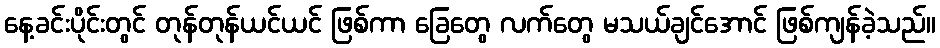
နေ့ခင်းပိုင်းတွင် တုန်တုန်ယင်ယင် ဖြစ်ကာ ခြေတွေ လက်တွေ မသယ်ချင်အောင် ဖြစ်ကျန်ခဲ့သည်။